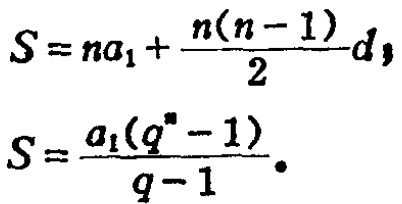
\[
S = na_{1}+\frac{n(n - 1)}{2}d,
\]
\[
S=\frac{a_{1}(q^{n}-1)}{q - 1}.
\]